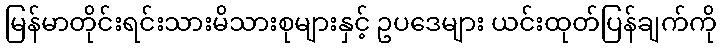
မြန်မာတိုင်းရင်းသားမိသားစုများနှင့် ဥပဒေများ ယင်းထုတ်ပြန်ချက်ကို